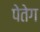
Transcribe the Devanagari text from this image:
पेतेग